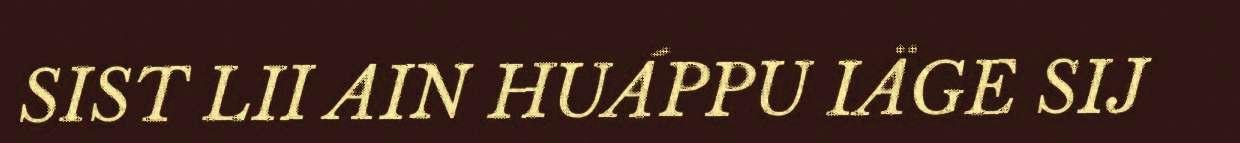
SIST LII AIN HUÁPPU IÄGE SIJ